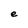
Character: e